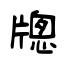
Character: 牕